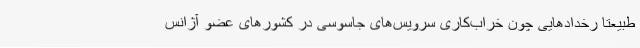
طبیعتا رخدادهایی چون خراب‌کاری سرویس‌های جاسوسی در کشورهای عضو آژانس